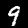
Label: 9